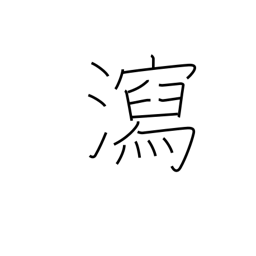
Meaning: evacuation